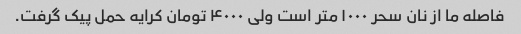
فاصله ما از نان سحر ۱۰۰۰ متر است ولی ۴۰۰۰ تومان کرایه حمل پیک گرفت.